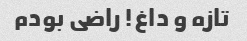
تازه و داغ! راضی بودم